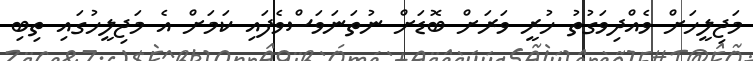
މަޖިލީހަށް ވެއްދިވަގުތު ހުރީ ވަރަށް ބޮޑަށް ނުތަނަވަސްވެފައި ކަމަށް އެ މަޖިލީހުގައި ތިބި